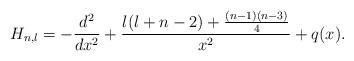
LaTeX: \begin{align*}H_{n,l} = -\frac{d^2}{dx^2} + \frac{l(l+n-2)+\frac{(n-1)(n-3)}{4}}{x^2} +q(x).\end{align*}